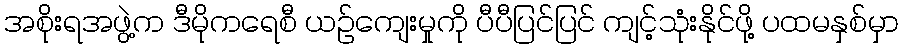
အစိုးရအဖွဲ့က ဒီမိုကရေစီ ယဉ်ကျေးမှုကို ပီပီပြင်ပြင် ကျင့်သုံးနိုင်ဖို့ ပထမနှစ်မှာ